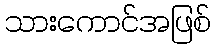
သားကောင်အဖြစ်